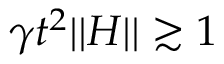
\gamma t ^ { 2 } | | H | | \gtrsim 1